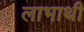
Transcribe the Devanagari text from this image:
लाभाथी